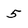
Character: 5